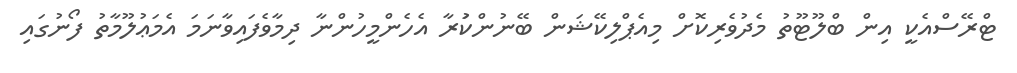
ޓްރޭސްއެކީ އިން ބްލޫޓޫތު މެދުވެރިކޮށް މިއެޕްލިކޭޝަން ބޭނުންކުަރާ އެހެންމީހުންނާ ދިމާވެފައިވާނަމަ އެމަޢުލޫމާތު ފޯނުގައި